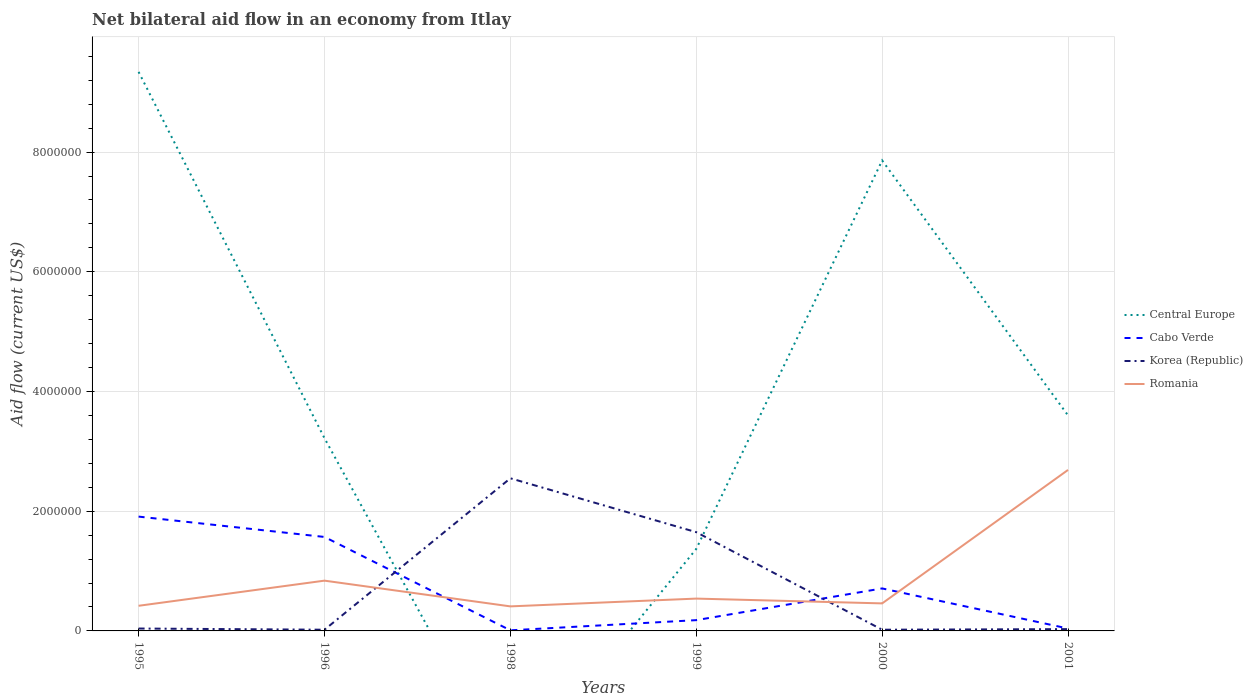
| Years | Central Europe | Cabo Verde | Korea (Republic) | Romania |
 | --- | --- | --- | --- | --- |
 | 1995 | 9.34e+06 | 1.91e+06 | 4e+04 | 4.2e+05 |
 | 1996 | 3.22e+06 | 1.57e+06 | 2e+04 | 8.4e+05 |
 | 1998 | -2.46e+06 | 1e+04 | 2.55e+06 | 4.1e+05 |
 | 1999 | 1.37e+06 | 1.8e+05 | 1.65e+06 | 5.4e+05 |
 | 2000 | 7.86e+06 | 7.1e+05 | 2e+04 | 4.6e+05 |
 | 2001 | 3.6e+06 | 4e+04 | 3e+04 | 2.69e+06 |